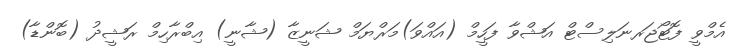
އެމްވީ ފޮޓޯޖަރނަލިސްޓް އަޝްވާ ފަހީމް (އައްވަ)މަރްޔަމް ޝަނީޒާ (ޝާނީ) އިބްރާހިމް ރަޝީދު (ބޮންޑާ)